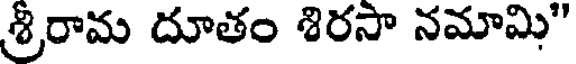
శ్రీరామ దూతం శిరసా నమామి"